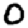
Digit: 0